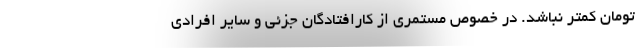
تومان کمتر نباشد. در خصوص مستمری از کارافتادگان جزئی و سایر افرادی